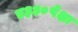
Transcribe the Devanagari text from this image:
ए३३०पेक्षा